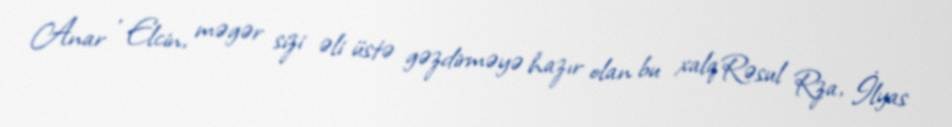
Anar , Elcin, məgər sizi əli üstə gəzdirməyə hazır olan bu xalq Rəsul Rza, İlyas